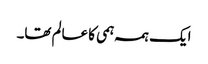
ایک ہمہ ہمی کا عالم تھا۔